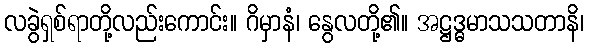
လခွဲရှစ်ရာတို့လည်းကောင်း။ ဂိမှာနံ၊ နွေလတို့၏။ အဋ္ဌဒ္ဓမာသသတာနိ၊